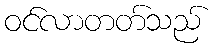
ဝင်လာတတ်သည်